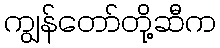
ကျွန်တော်တို့ဆီက